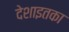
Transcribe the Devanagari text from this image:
देशाइतका